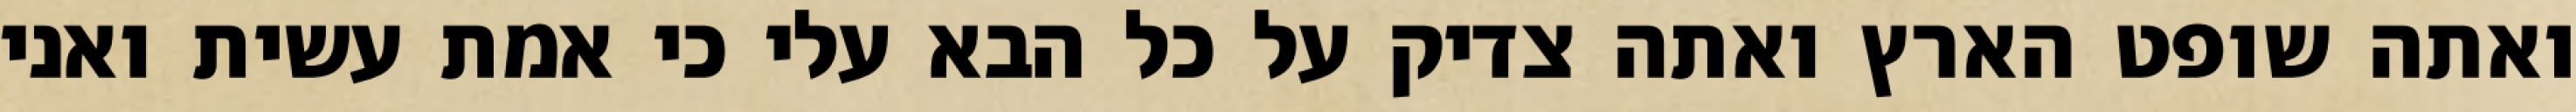
ואתה שופט הארץ ואתה צדיק על כל הבא עלי כי אמת עשית ואני